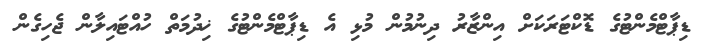
ޑިޕާޓްމެންޓުގެ ޑޮކްޓަރަކަށް އިންޒާރު ދިނުމުން މުޅި އެ ޑިޕާޓްމެންޓުގެ ޚިދުމަތް ހުއްޓައިލާން ޖެހިގެން